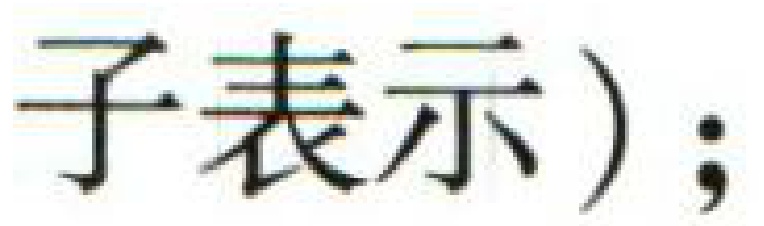
子表示）;